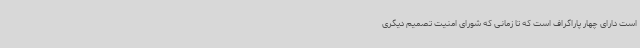
است دارای چهار پاراگراف است که تا زمانی که شورای امنیت تصمیم دیگری